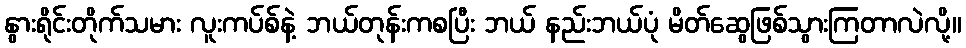
နွားရိုင်းတိုက်သမား လူးကပ်စ်နဲ့ ဘယ်တုန်းကစပြီး ဘယ် နည်းဘယ်ပုံ မိတ်ဆွေဖြစ်သွားကြတာလဲလို့။